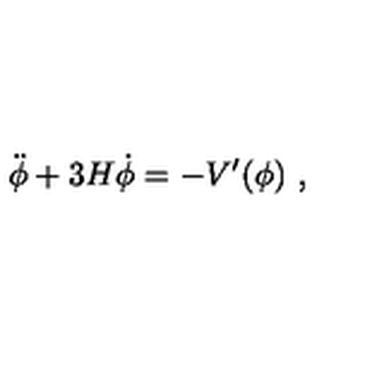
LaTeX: \ddot { \phi } + 3 H \dot { \phi } = - { V ^ { \prime } ( \phi ) } \ ,